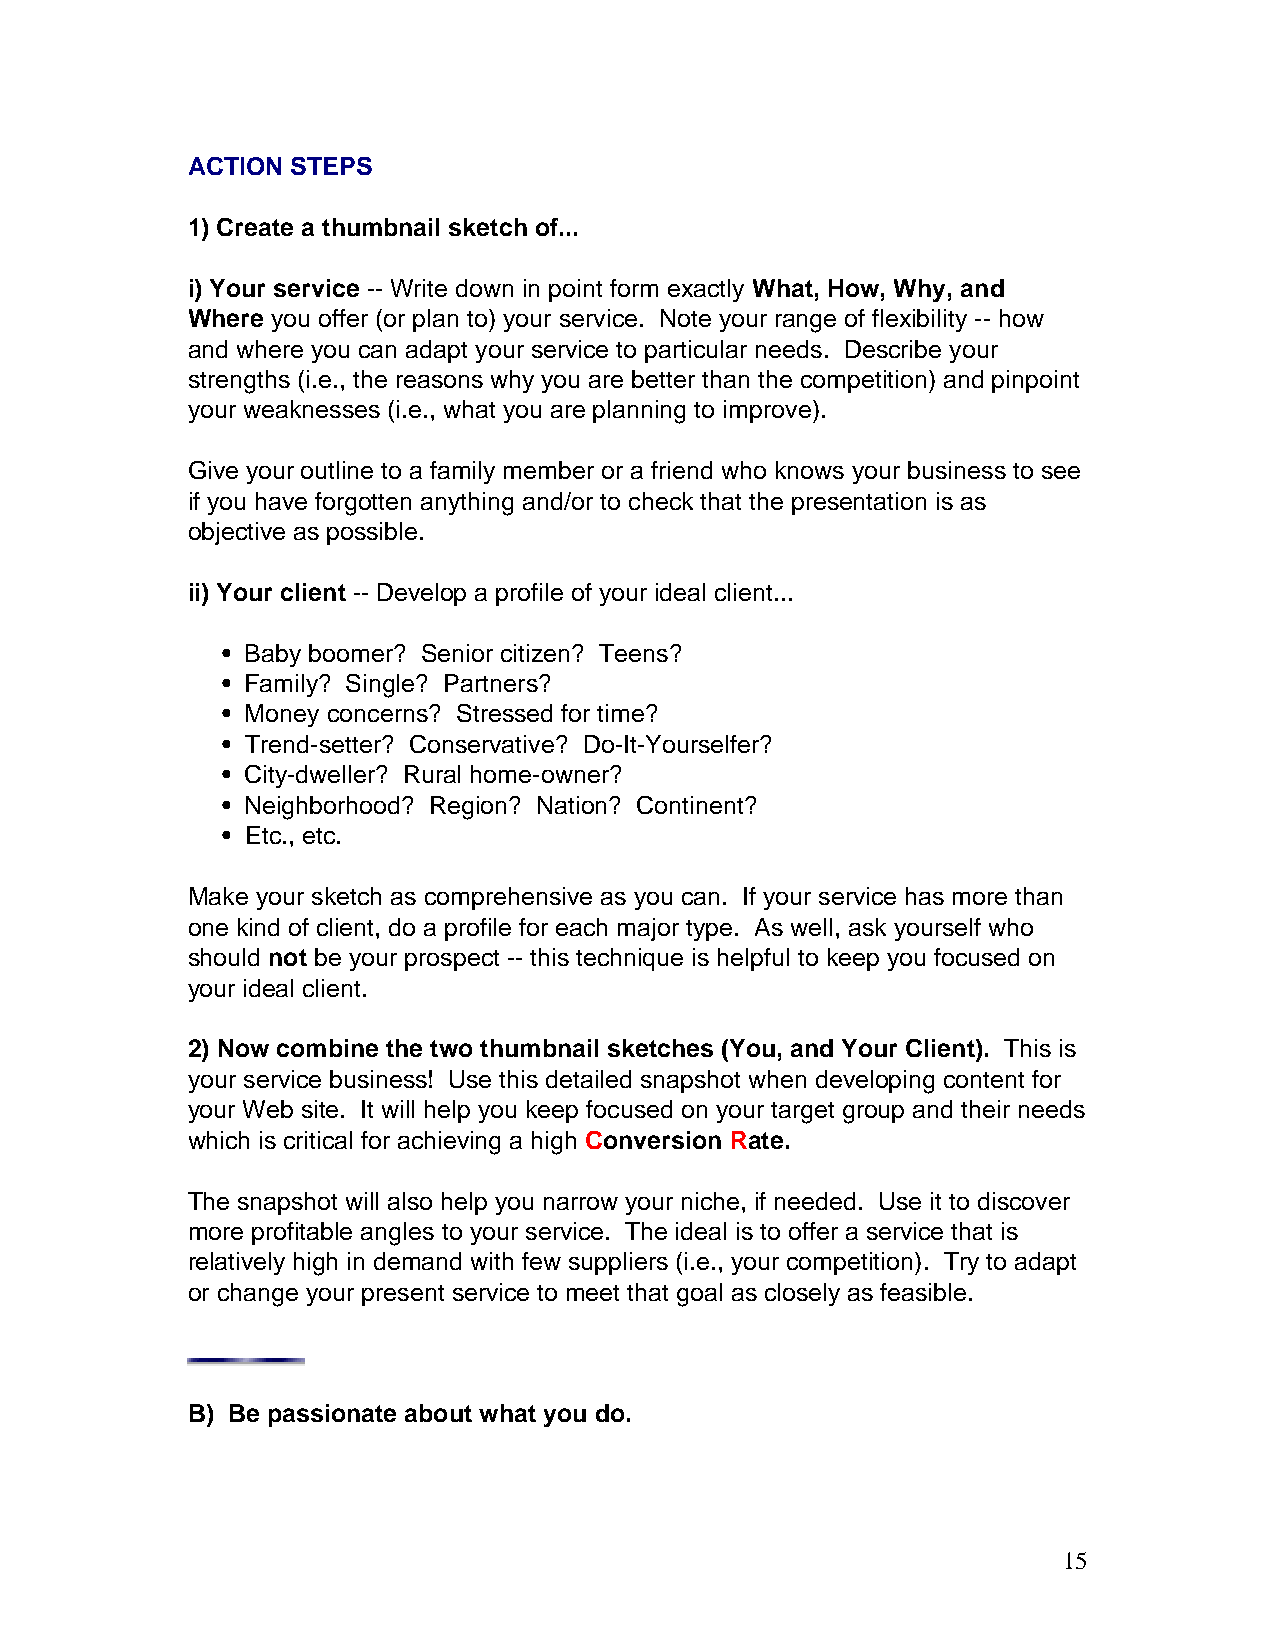
ACTION STEPS
 1) Create a thumbnail sketch of...
 i) Your service -- Write down in point form exactly What, How, Why, and
 Where you offer (or plan to) your service. Note your range of flexibility -- how
 and where you can adapt your service to particular needs. Describe your
 strengths (i.e., the reasons why you are better than the competition) and pinpoint
 your weaknesses (i.e., what you are planning to improve).
 Give your outline to a family member or a friend who knows your business to see
 if you have forgotten anything and/or to check that the presentation is as
 objective as possible.
 ii) Your client -- Develop a profile of your ideal client...
 • Baby boomer? Senior citizen? Teens?
 • Family? Single? Partners?
 • Money concerns? Stressed for time?
 • Trend-setter? Conservative? Do-It-Yourselfer?
 • City-dweller? Rural home-owner?
 • Neighborhood? Region? Nation? Continent?
 • Etc., etc.
 Make your sketch as comprehensive as you can. If your service has more than
 one kind of client, do a profile for each major type. As well, ask yourself who
 should not be your prospect -- this technique is helpful to keep you focused on
 your ideal client.
 2) Now combine the two thumbnail sketches (You, and Your Client). This is
 your service business! Use this detailed snapshot when developing content for
 your Web site. It will help you keep focused on your target group and their needs
 which is critical for achieving a high Conversion Rate.
 The snapshot will also help you narrow your niche, if needed. Use it to discover
 more profitable angles to your service. The ideal is to offer a service that is
 relatively high in demand with few suppliers (i.e., your competition). Try to adapt
 or change your present service to meet that goal as closely as feasible.
 B) Be passionate about what you do.
 15